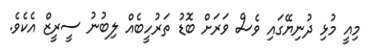
މިއީ މުޅި ދުނިޔޭގައި ވެސް ވަރަށް ބޮޑު ތަރުހީބެއް ލިބުނު ސީރީޒް އެކެވެ.